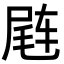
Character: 𬨊